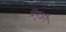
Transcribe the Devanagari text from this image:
ब्रियुअरी